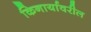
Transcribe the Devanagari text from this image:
किनार्यावरील